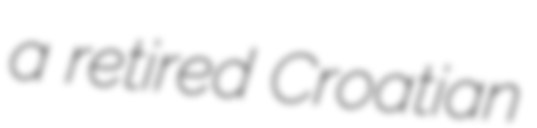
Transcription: a retired Croatian